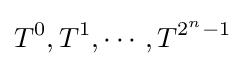
T^{0},T^{1},\cdots ,T^{2^{n}-1}